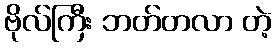
ဗိုလ်ကြီး ဘတ်တလာ တဲ့